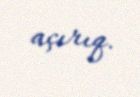
açırıq.